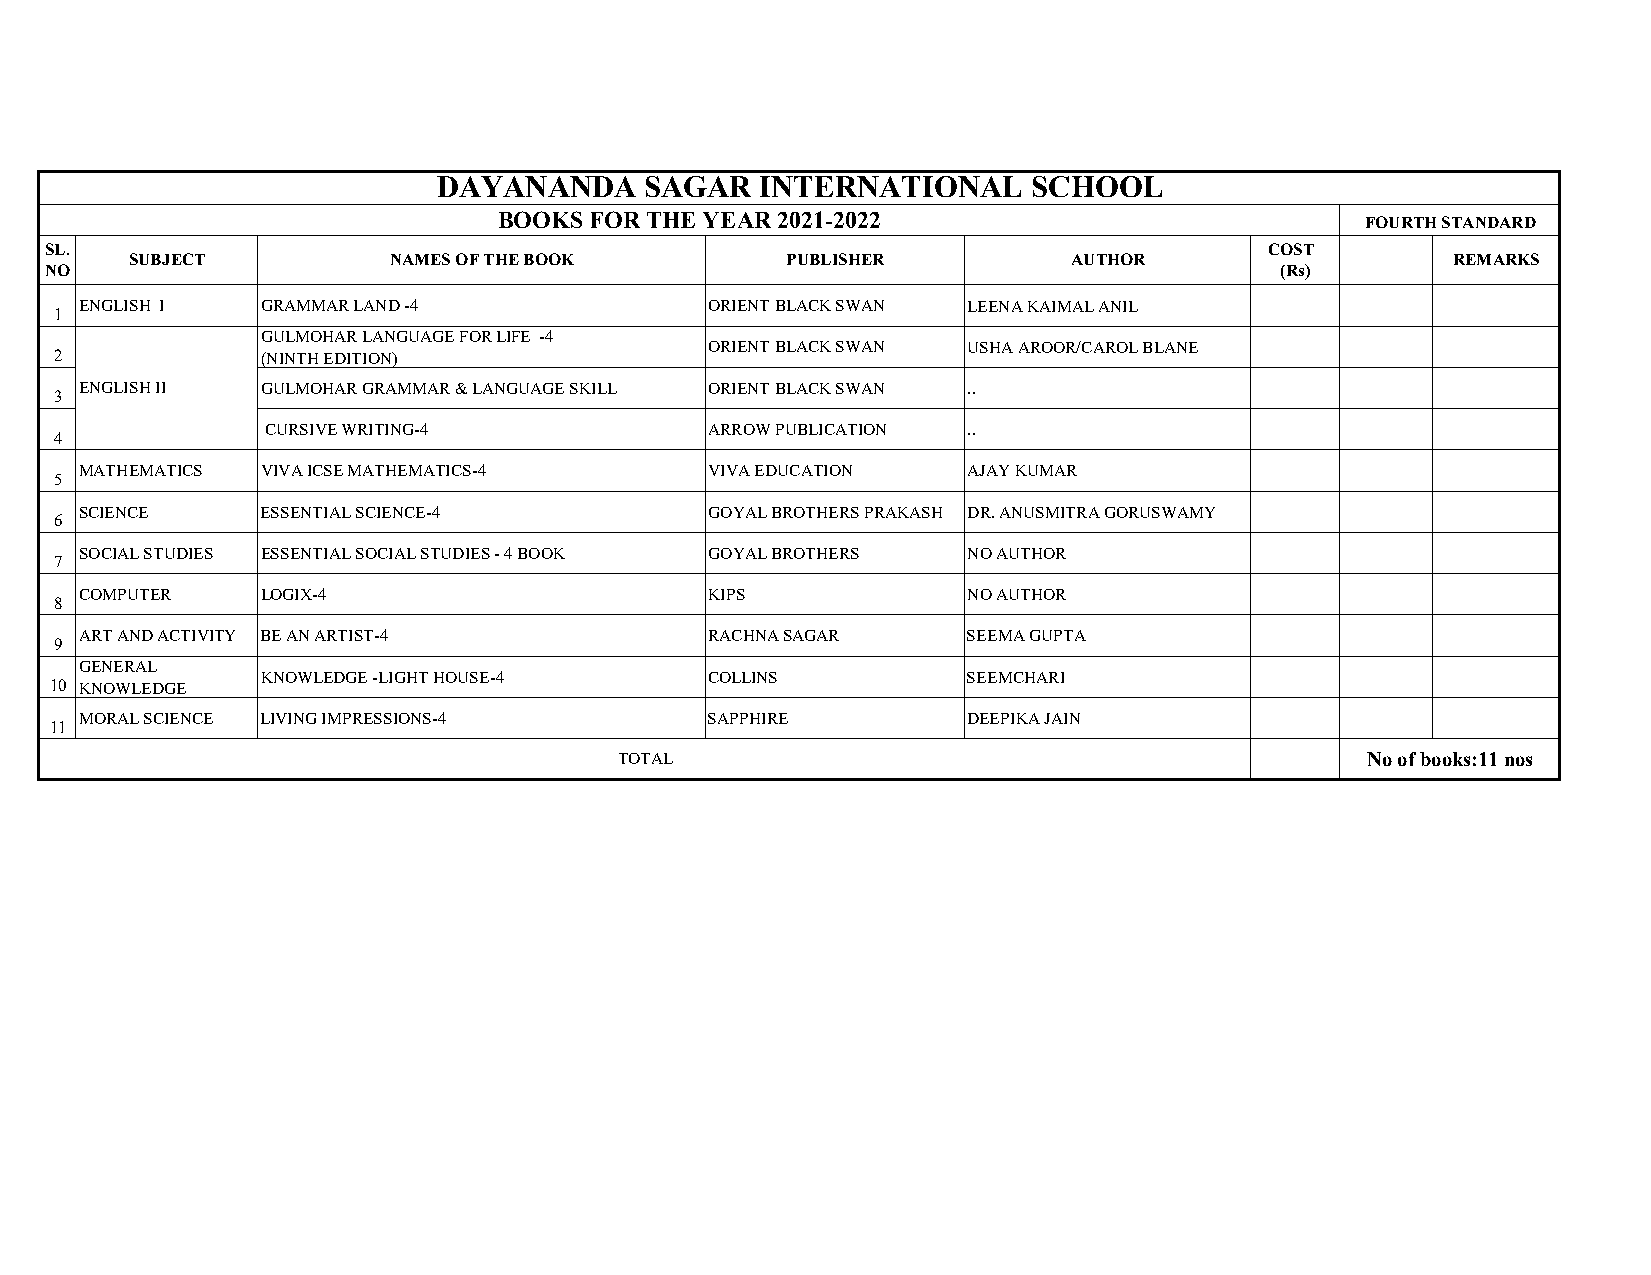
DAYANANDA     SAGAR  INTERNATIONAL     SCHOOL
 BOOKS FOR THE YEAR 2021-2022                             FOURTH STANDARD
 SL.                                                                              COST
 SUBJECT          NAMES OF THE BOOK         PUBLISHER          AUTHOR                   REMARKS
 NO                                                                                (Rs)
 ENGLISH I   GRAMMAR LAND -4               ORIENT BLACK SWAN LEENA KAIMAL ANIL
 1
 GULMOHAR LANGUAGE FOR LIFE -4
 ORIENT BLACK SWAN USHA AROOR/CAROL BLANE
 2            (NINTH EDITION)
 ENGLISH II  GULMOHAR GRAMMAR & LANGUAGE SKILL ORIENT BLACK SWAN ..
 3
 CURSIVE WRITING-4            ARROW PUBLICATION ..
 4
 MATHEMATICS VIVA ICSE MATHEMATICS-4       VIVA EDUCATION   AJAY KUMAR
 5
 SCIENCE     ESSENTIAL SCIENCE-4           GOYAL BROTHERS PRAKASH DR. ANUSMITRA GORUSWAMY
 6
 SOCIAL STUDIES ESSENTIAL SOCIAL STUDIES - 4 BOOK GOYAL BROTHERS NO AUTHOR
 7
 COMPUTER    LOGIX-4                       KIPS             NO AUTHOR
 8
 ART AND ACTIVITY BE AN ARTIST-4           RACHNA SAGAR     SEEMA GUPTA
 9
 GENERAL
 KNOWLEDGE -LIGHT HOUSE-4      COLLINS          SEEMCHARI
 10 KNOWLEDGE
 MORAL SCIENCE LIVING IMPRESSIONS-4        SAPPHIRE         DEEPIKA JAIN
 11
 TOTAL                                            No of books:11 nos